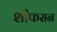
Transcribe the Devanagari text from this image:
शीफसन